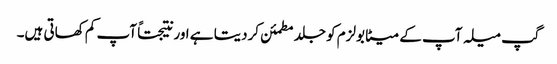
گپ میلہ آپ کے میٹابولزم کو جلد مطمئن کردیتا ہے اور نتیجتاً آپ کم کھاتی ہیں۔